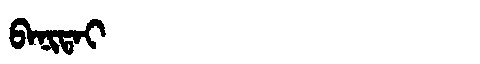
Manchu: ᠪᠠᠨᡳᡨᠠᡳ
Romanization: BANITAI